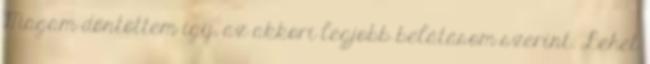
Magam döntöttem így, az akkori legjobb belátásom szerint. Lehet